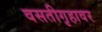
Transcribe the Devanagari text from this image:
वसतीगृहावर